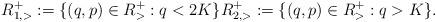
LaTeX: \begin{align*} R^{+}_{1,>}:=\{(q,p)\in R^{+}_{>}:q<2K\}R^{+}_{2,>}:=\{(q,p)\in R^{+}_{>}:q>K\}. \end{align*}